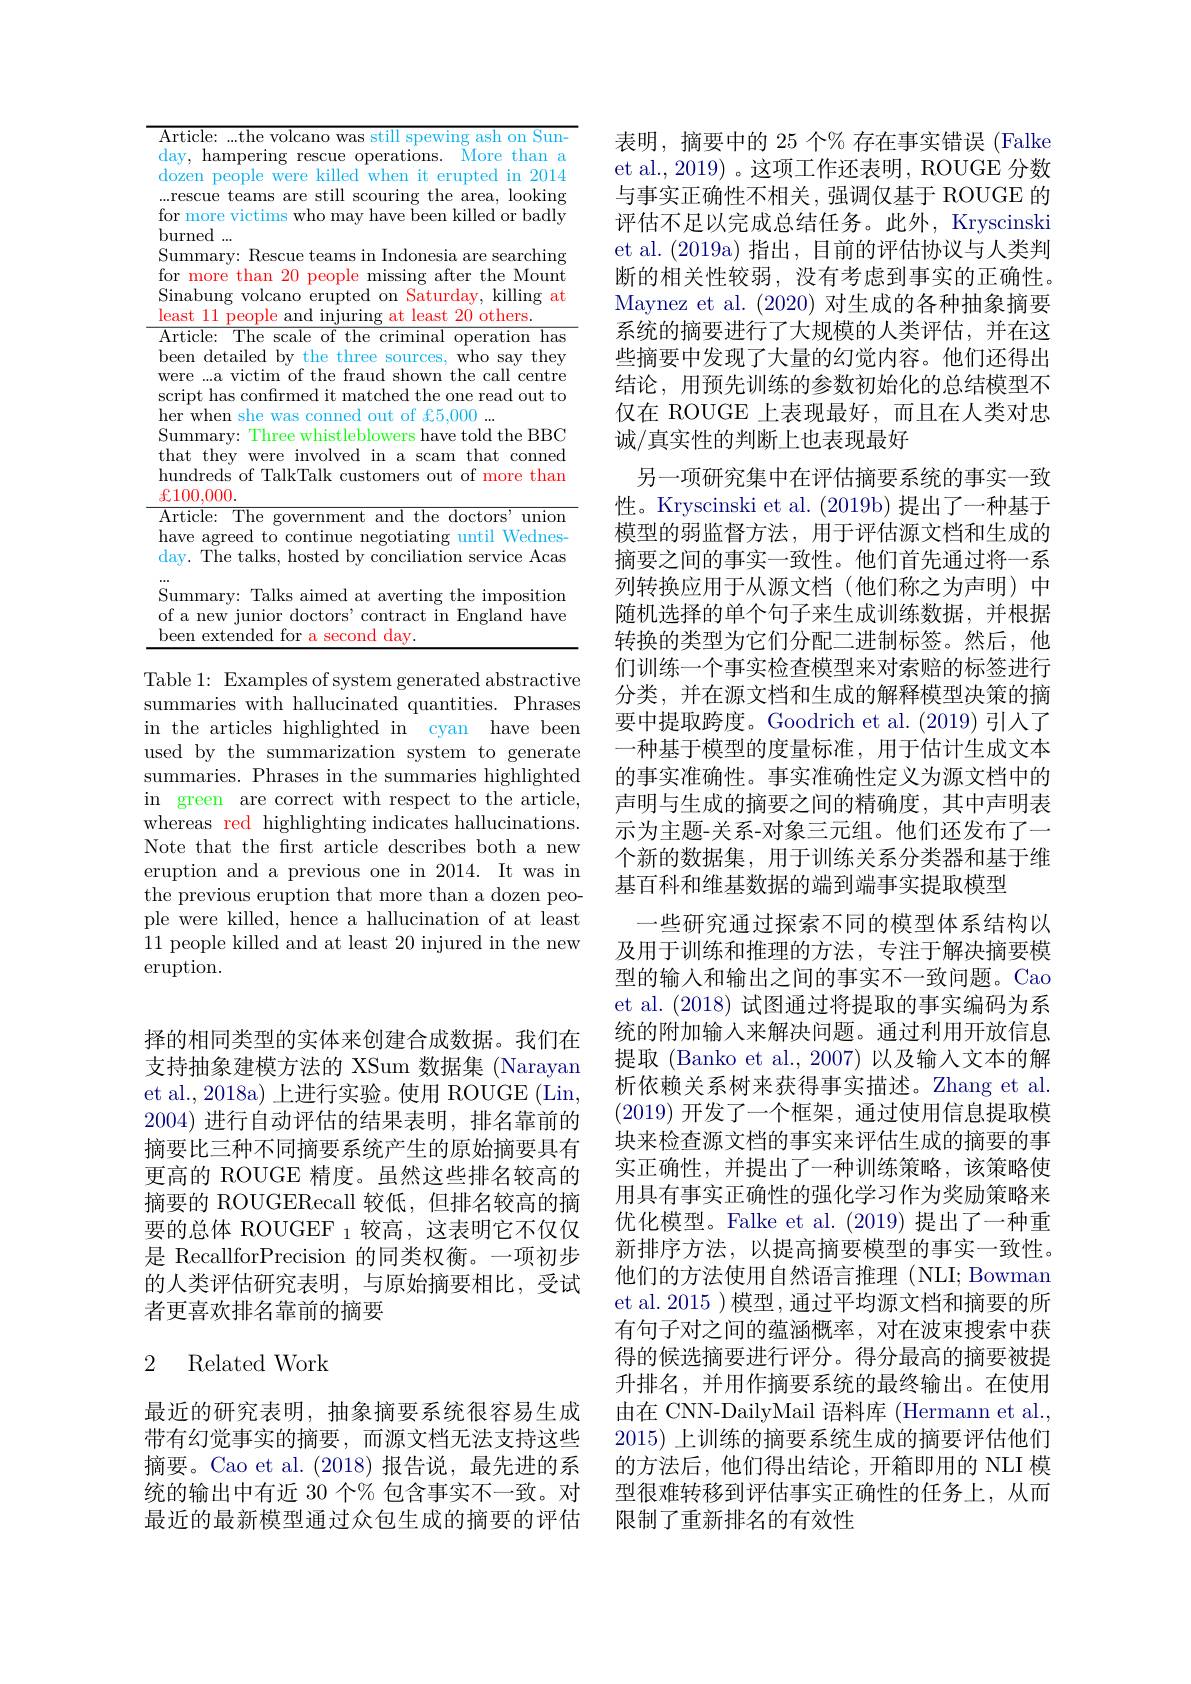
择的相同类型的实体来创建合成数据。我们在支持抽象建模方法的 XSum 数据集 (Narayan et al., 2018a) 上进行实验。使用 ROUGE (Lin, 2004)进行自动评估的结果表明，排名靠前的摘要比三种不同摘要系统产生的原始摘要具有更高的 ROUGE 精度。虽然这些排名较高的摘要的 ROUGERecall 较低，但排名较高的摘要的总体 ROUGEF 1 较高，这表明它不仅仅是 RecallforPrecision 的同类权衡。一项初步的人类评估研究表明，与原始摘要相比，受试者更喜欢排名靠前的摘要

### 2 Related Work

最近的研究表明，抽象摘要系统很容易生成带有幻觉事实的摘要，而源文档无法支持这些摘要。Cao et al.(2018)报告说，最先进的系统的输出中有近 30 个% 包含事实不一致。对最近的最新模型通过众包生成的摘要的评估

<table>
	<tbody>
		<tr>
			<td>4</td>
			<td>icle: ...the volcano was still spewing ash on Sun- More than a hampering rescue operations. en people were killed when it erupted in 2014 scue teams are still scouring the area, looking $m_{1}$ $\mathbf{r} \mathbf{h} _{\mathrm{or}}$</td>
		</tr>
		<tr>
			<td>$L$ $b$ $W$ S 1</td>
			<td>1 people e and injuring at least t 20 others $\mathrm{cle}_{i}^{*}$ The scale of the criminal operation has 1 detailedby the three sources, who say they e ...a victim of the fraud shown the call centre ${\mathrm{ot~has~confirmed~it~matched~the~one~read~out~to}}$ 1F WAG $a+b$ $=f.5.000$</td>
		</tr>
		<tr>
			<td>S h S $t.$ $h$ -4</td>
			<td>ot has contrmed it matched the one read out to when she was conned out of f5,000 $\operatorname*{mary}:$ Three whistleblowers have told the BBC they were involved in a scam that conned dreds of TalkTalk customers out of more than 1000</td>
		</tr>
		<tr>
			<td>h</td>
			<td>0,000. icle: The government and the doctors'union agreed to continue negotiating until Wednes $i$ The talks, hosted by conciliation service Acas</td>
		</tr>
		<tr>
			<td>S 0 $b$</td>
			<td>${\mathrm{mary:~Talks~aimed~at~averting~the~imposition}}$ new junior doctors' contract in England have extended for a second day.</td>
		</tr>
	</tbody>
</table>

Table 1: Examples of system generated abstractive summaries with hallucinated quantities. Phrases in the articles highlighted in cyan have been used by the summarization system to generate summaries. Phrases in the summaries highlighted in green are correct with respect to the article, whereas red highlighting indicates hallucinations. Note that the frst article describes both a new eruption and a previous one in 2014. It was in the previous eruption that more than a dozen people were killed, hence a hallucination of at least 11 people killed and at least 20 injured in the new eruption.

表明，摘要中的 25 个% 存在事实错误 (Falke et al., 2019) 。这项工作还表明，ROUGE 分数与事实正确性不相关，强调仅基于 ROUGE 的评估不足以完成总结任务。此外，Kryscinski et al. (2019a)指出，目前的评估协议与人类判断的相关性较弱，没有考虑到事实的正确性。Maynez et al. (2020) 对生成的各种抽象摘要系统的摘要进行了大规模的人类评估，并在这些摘要中发现了大量的幻觉内容。他们还得出结论，用预先训练的参数初始化的总结模型不仅在 ROUGE 上表现最好，而且在人类对忠诚/真实性的判断上也表现最好
另一项研究集中在评估摘要系统的事实一致性。Kryscinski et al. (2019b) 提出了一种基于模型的弱监督方法，用于评估源文档和生成的摘要之间的事实一致性。他们首先通过将一系列转换应用于从源文档(他们称之为声明)中随机选择的单个句子来生成训练数据，并根据转换的类型为它们分配二进制标签。然后，他们训练一个事实检查模型来对索赔的标签进行分类，并在源文档和生成的解释模型决策的摘要中提取跨度。Goodrich et al. (2019) 引人了一种基于模型的度量标准，用于估计生成文本的事实准确性。事实准确性定义为源文档中的声明与生成的摘要之间的精确度，其中声明表示为主题-关系-对象三元组。他们还发布了一个新的数据集，用于训练关系分类器和基于维基百科和维基数据的端到端事实提取模型
一些研究通过探索不同的模型体系结构以及用于训练和推理的方法，专注于解决摘要模型的输入和输出之间的事实不一致问题。Cao et al. (2018)试图通过将提取的事实编码为系统的附加输入来解决问题。通过利用开放信息提取 (Banko et al.,2007)以及输入文本的解析依赖关系树来获得事实描述。Zhang et al. (2019)开发了一个框架，通过使用信息提取模块来检查源文档的事实来评估生成的摘要的事实正确性，并提出了一种训练策略，该策略使用具有事实正确性的强化学习作为奖励策略来优化模型。Falke et al. (2019) 提出了一种重新排序方法，以提高摘要模型的事实一致性。他们的方法使用自然语言推理(NLI; Bowman et al. 2015 )模型，通过平均源文档和摘要的所有句子对之间的蕴涵概率，对在波束搜索中获得的候选摘要进行评分。得分最高的摘要被提升排名，并用作摘要系统的最终输出。在使用由在 CNN-DailyMail 语料库 (Hermann et al., 2015) 上训练的摘要系统生成的摘要评估他们的方法后，他们得出结论，开箱即用的 NLI 模型很难转移到评估事实正确性的任务上，从而限制了重新排名的有效性